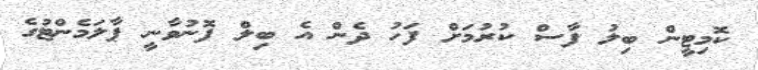
ކޮމިޓީން ބިލު ފާސް ކުރުމަށް ފަހު ދެން އެ ބިލް ފޮނުވާނީ ޕާލަމެންޓުގެ